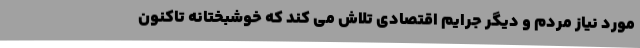
مورد نیاز مردم و دیگر جرایم اقتصادی تلاش می کند که خوشبختانه تاکنون